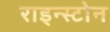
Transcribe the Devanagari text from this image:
राइन्स्टोन